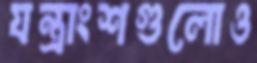
যন্ত্রাংশগুলোও